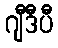
ဂျီဒီပီ